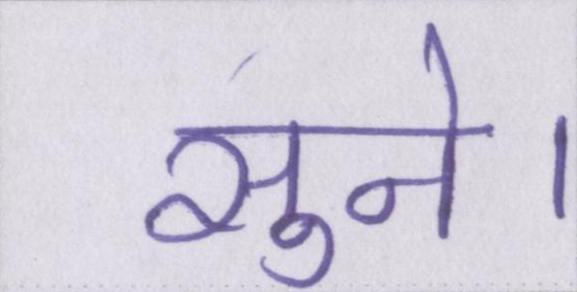
सुने।